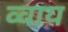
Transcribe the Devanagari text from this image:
व्वाय